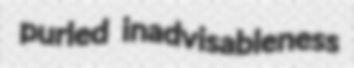
purled inadvisableness